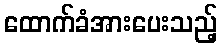
ထောက်ခံအားပေးသည့်